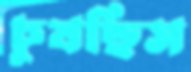
চুষছিস